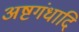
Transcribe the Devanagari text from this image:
अष्टगंधादि